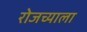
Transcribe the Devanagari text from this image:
रोजच्याला